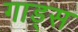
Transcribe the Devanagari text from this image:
गाड्स